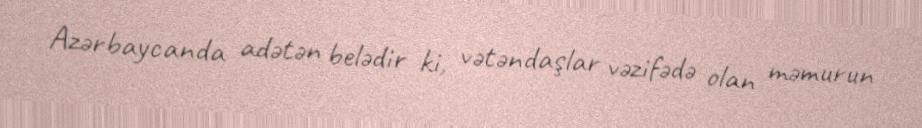
Azərbaycanda adətən belədir ki, vətəndaşlar vəzifədə olan məmurun